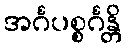
အင်္ဂပစ္စင်္ဂန္တိ